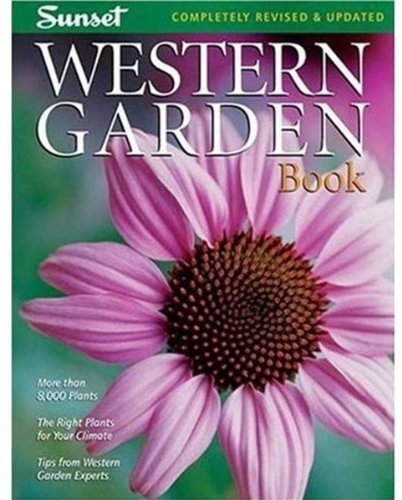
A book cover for Western Garden Book: More than 8,000 Plants - The Right Plants for Your Climate - Tips from Western Garden Experts (Sunset Western Garden Book); Editors of Sunset Books; Crafts, Hobbies & Home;